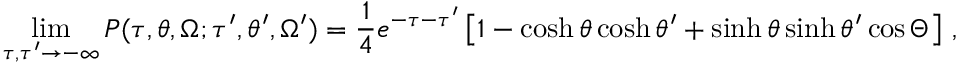
\operatorname * { l i m } _ { \tau , \tau ^ { \prime } \to - \infty } P ( \tau , \theta , \Omega ; \tau ^ { \prime } , \theta ^ { \prime } , \Omega ^ { \prime } ) = \frac 1 4 e ^ { - \tau - \tau ^ { \prime } } \left[ 1 - \cosh \theta \cosh \theta ^ { \prime } + \sinh \theta \sinh \theta ^ { \prime } \cos \Theta \right] \, ,